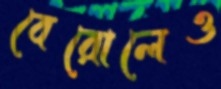
বেরোলেও